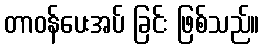
တာဝန်ပေးအပ် ခြင်း ဖြစ်သည်။